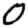
Digit: 0